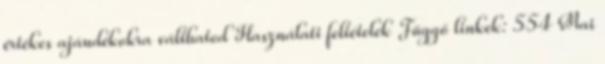
értékes ajándékokra válthatod Használati feltételek Függő linkek: 554 Mai